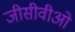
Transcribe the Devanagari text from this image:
जीसीवीओ